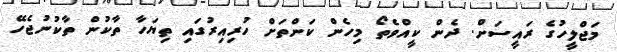
މަޖްލީހުގެ ރައީސަށް. ދެން ކީއްވެތޯ މިހެން ކަންތަށް ހުރިއިރުގައި ތިޔަހާ ތާކުން ތާކުނުޖެހޭ